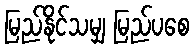
မြည်နိုင်သမျှ မြည်ပစေ